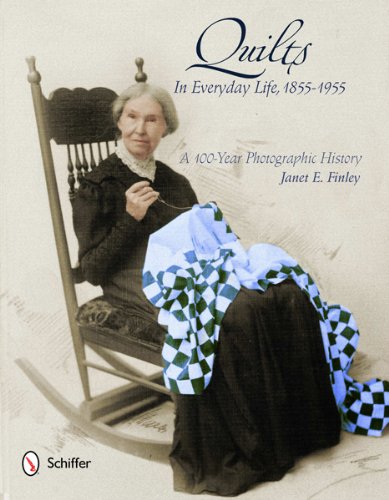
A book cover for Quilts in Everyday Life, 1855-1955: A 100-Year Photographic History; Janet E. Finley; Crafts, Hobbies & Home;